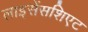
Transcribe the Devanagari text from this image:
लाइसेंसशिएट